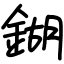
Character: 鍸